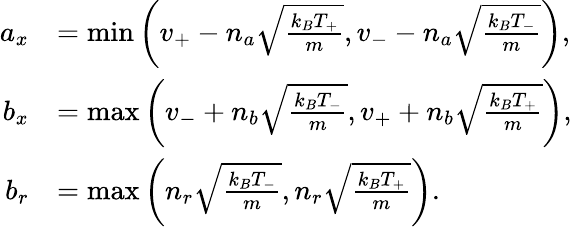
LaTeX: \begin{array}{rl}{a_{x}}&{=\operatorname*{min}\left(v_{+}-n_{a}\sqrt{\frac{k_{B}T_{+}}{m}},v_{-}-n_{a}\sqrt{\frac{k_{B}T_{-}}{m}}\right),}\\ {b_{x}}&{=\operatorname*{max}\left(v_{-}+n_{b}\sqrt{\frac{k_{B}T_{-}}{m}},v_{+}+n_{b}\sqrt{\frac{k_{B}T_{+}}{m}}\right),}\\ {b_{r}}&{=\operatorname*{max}\left(n_{r}\sqrt{\frac{k_{B}T_{-}}{m}},n_{r}\sqrt{\frac{k_{B}T_{+}}{m}}\right).}\end{array}